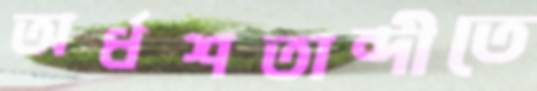
অর্ধশতাব্দীতে